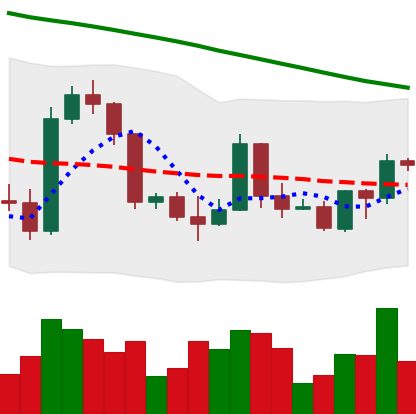
Ticker: BTC-USD
Chart end date: 2022-03-17
Forward return: 3.437%
Label: up_3_5